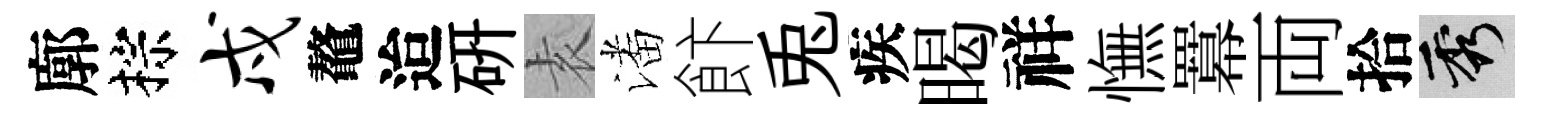
廓棕戍鼇迨硏𡊮潘飰兎疾暍祥憮羃両拾秀